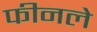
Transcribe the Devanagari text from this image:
फीनले